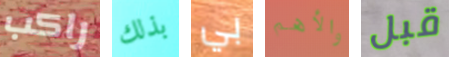
راكب بذلك بي والأهم قبل